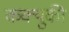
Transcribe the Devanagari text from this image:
कक्युकी